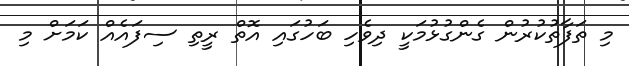
މި ތަފާތުކުރުން ގެންގުޅުމަކީ ދިވެހި ބަހުގައި އޮތް ރީތި ސިފައެއް ކަމަށް މި